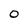
Character: 0